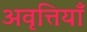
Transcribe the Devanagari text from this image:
अवृत्तियाँ